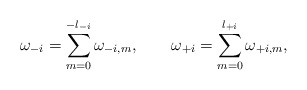
\begin{align*}\omega_{-i} = \sum_{m = 0}^{-l_{-i}} \omega_{-i, m}, \qquad\omega_{+i} = \sum_{m = 0}^{l_{+i}} \omega_{+i, m},\end{align*}